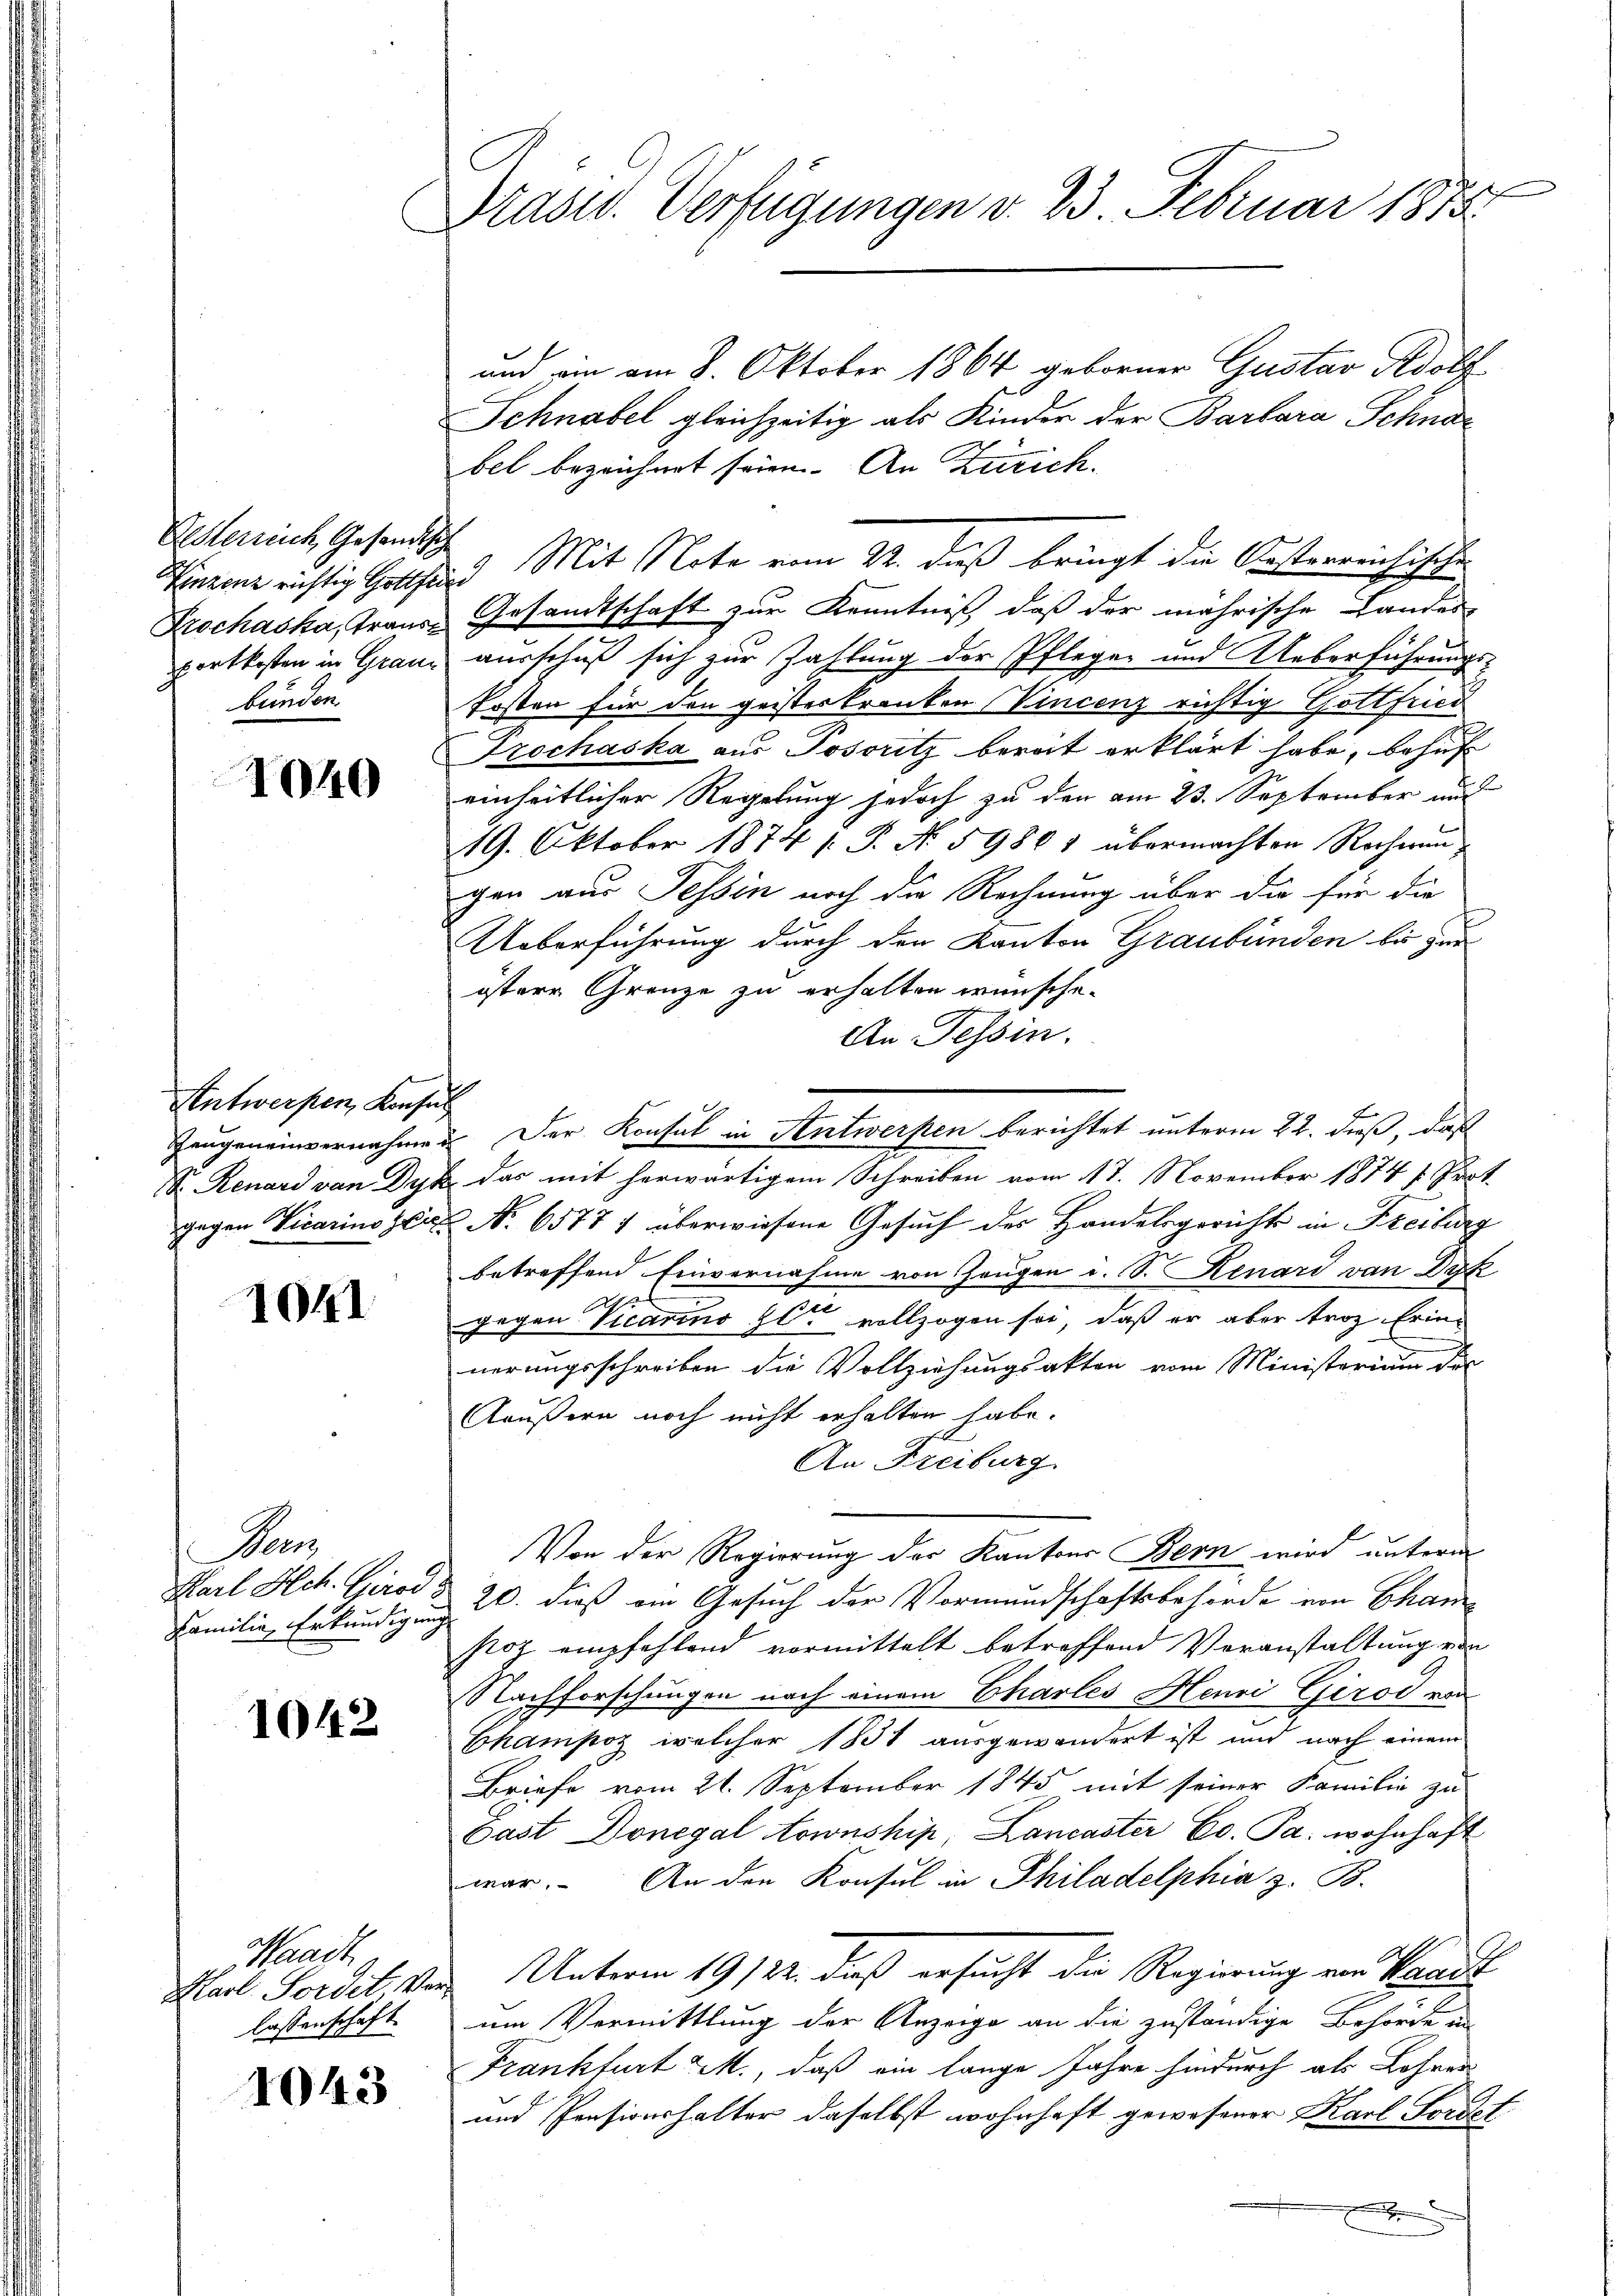
Oesterreich, Gesandtsche
Krochaska, Graus
bunden.

1040

1041

Dan
Familie Erkundigung

1042

Waadt
lassenschaft

1043

Präsid. Verfügungen v. 23. Februar 1812.

Antwerpen, Konsul

und, ein am 8. Oktober 1864 geborner Gustav Adolf
Schnabel gleichzeitig als Kinder der Barbara Schnabel bezeichnet seien. An Zürich.
Schineine richtig Gotthard Mit Note vom 22. daß bringt die Oesterreichische
Gesandtschaft zur Kenntniß, daß der mährische Landes
portkosten in Granz ausschuß sich zur Zahlung der Pfleger und Ueberführungs¬
Posten für den geisterkranken Vincenz richtig Gottfried
Frochaska aus Josoritz bereit erklärt habe, behuf
einheitlicher Regelung jedoch zu den am 23. September and
19. Oktober 1874 s. S. N. 59801 übermachten Rochwangen aus Tessin noch die Rechnung über die für die
Ueberführung durch den Kanton Graubünden bis zur
istere Grenze zu erhalten wünsche.
An Tessin.
Zeugeneinvernahmen. Der Konsul in Antwerpen berichtet unterm 22. dieß, daß
S Renard von Dyk das mit herwärtigem Schreiben vom 17. November 1874 s. Prot
gegen Vicarin zur No. 65771 überwiesene Gesuch des Handelsgerichts in Freiburg
betreffend Einvernahme von Zeugen d. S. Renari von Dyk
1
gegen Vicarino il vollzogen sei, daß er aber troz Erinnerungsschreiben die Vollziehungsakten vom Ministerium des
Aäußern noch nicht erhalten habe.
An Freiburg
Von der Regierung der Kantons Bern wird unterm
Karl Hch. Girod § 20. dieß am Gesuch der Vormundschaftsbehörde von Chan
stoz empfehlend vormittelt betreffend Veranstaltung von
Nachforschungen nach einem Chartes Henri Giroi von
e
Champoz welcher 1851 ausgewandert ist und nach einem
Briefe vom 21. September 1845 mit seiner Familie zu
Last Donegal Aownship, Lancaster Co. Pa. wohnhaft
war. An den Konsul in Philadelphia z. B.
Karl Jordit, von Unterm 19. 124. dieß ersucht die Regierung von Waadt
um Vermittlung der Anzeige an die zuständige Behörde in
Frankfurt 2., daß ein lange Jahre hindurch als Lohner
und Pensionshalter daselbst wohnhaft gewesener Karl Fordet
x